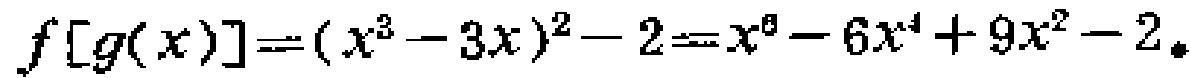
\(f[g(x)]=(x^{3}-3x)^{2}-2=x^{6}-6x^{4}+9x^{2}-2\)